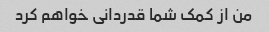
من از کمک شما قدردانی خواهم کرد